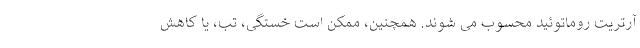
آرتریت روماتوئید محسوب می شوند. همچنین، ممکن است خستگی، تب، یا کاهش